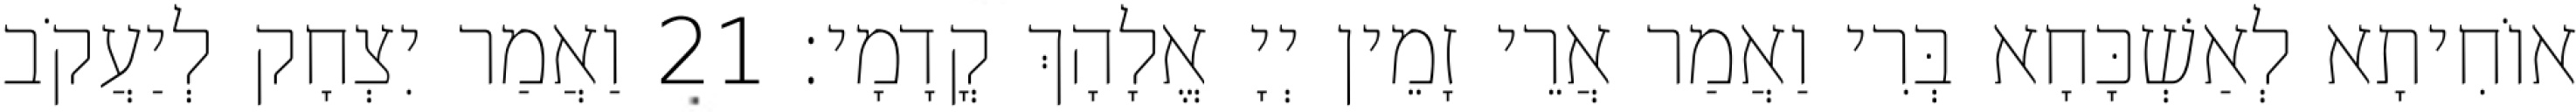
אוֹחִיתָא לְאַשְׁכָּחָא בְּרִי וַאֲמַר אֲרֵי זָמֵין יְיָ אֱלָהָךְ קֳדָמָי׃ 21 וַאֲמַר יִצְחָק לְיַעֲקֹב